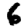
Digit: 6